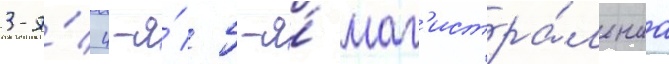
3-я́/ 4-я́/ 5-я́ маг'истра́льнаа